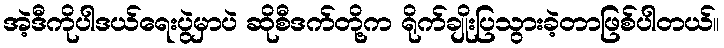
အဲ့ဒီကိုပါဒယ်ရေးပွဲမှာပဲ ဆိုစီဒက်တို့က ရိုက်ချိုးပြသွားခဲ့တာဖြစ်ပါတယ်။